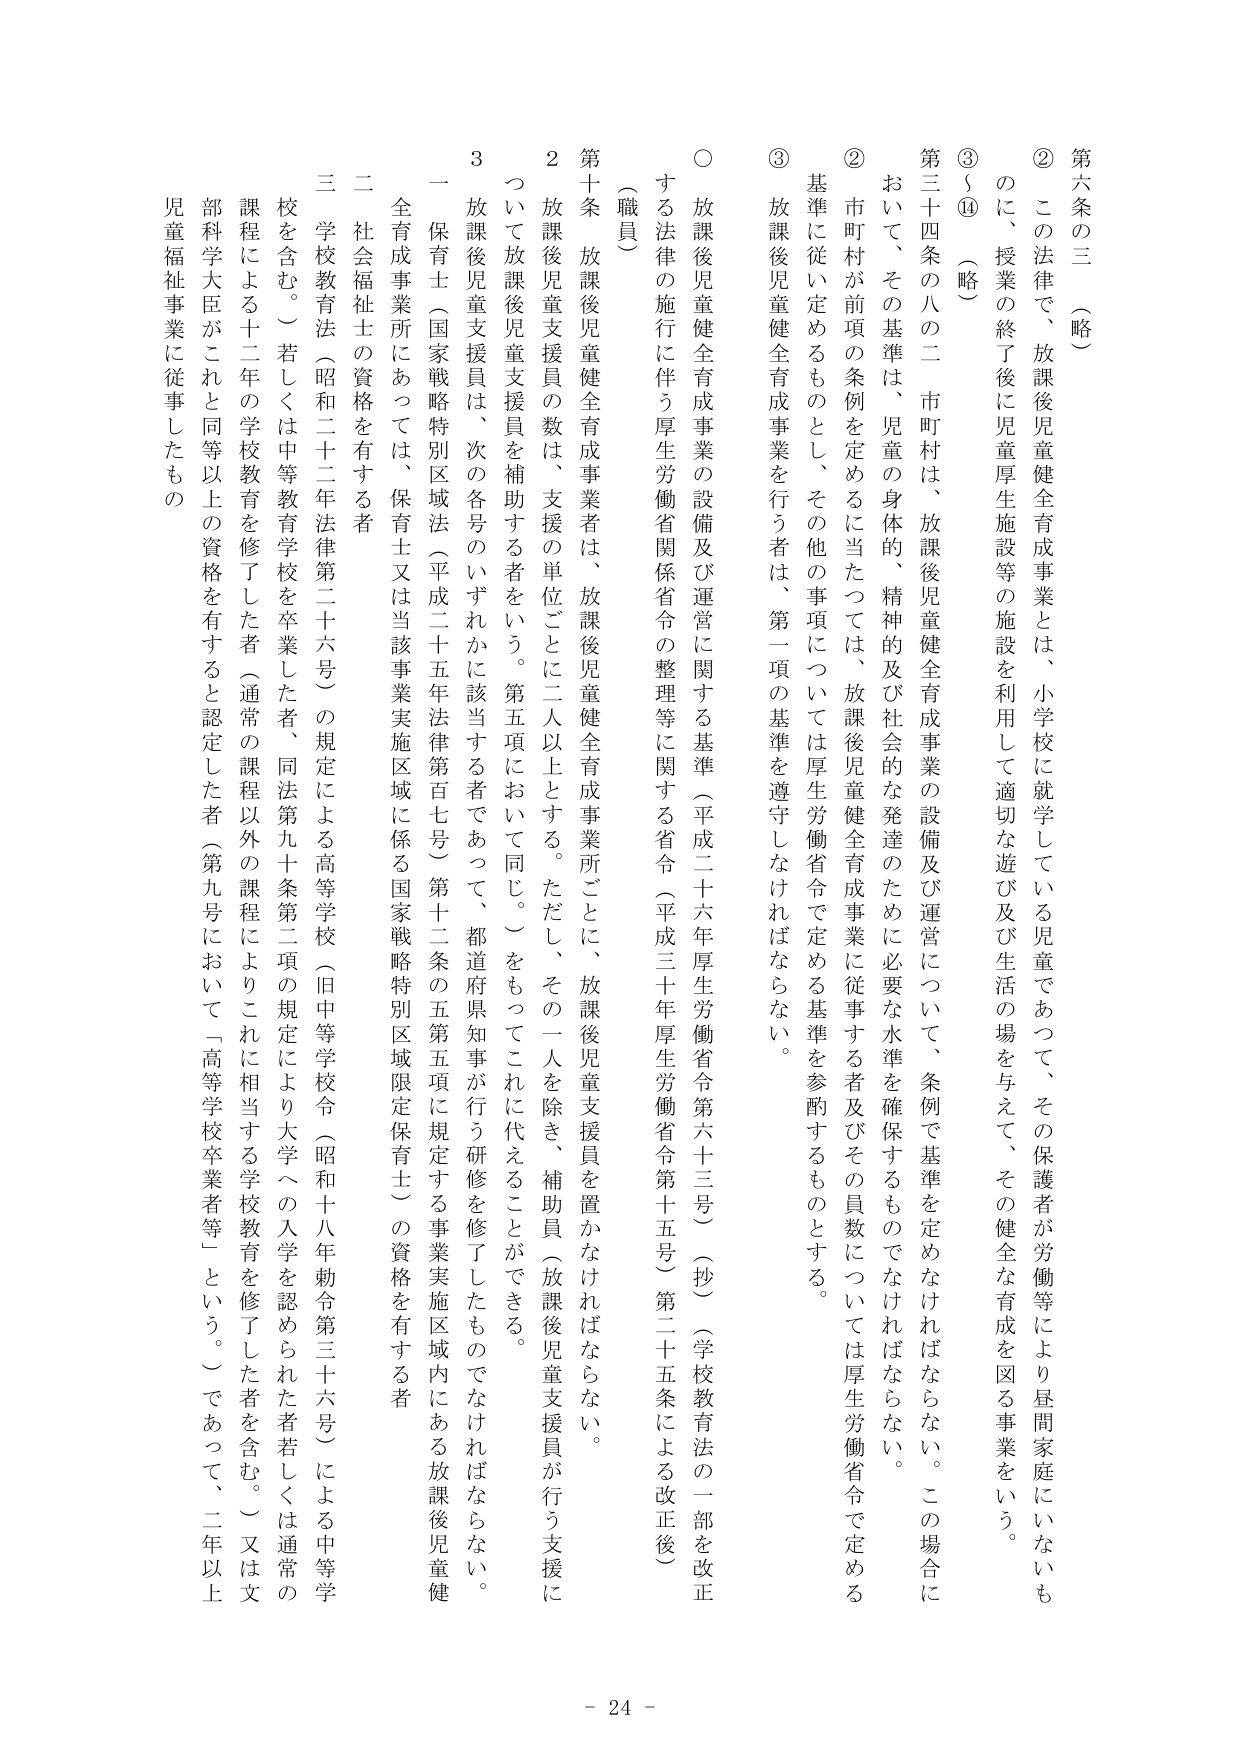
第六条の三（略）

② この法律で、放課後児童健全育成事業とは、小学校に就学している児童であって、その保護者が労働等により昼間家庭にいないものに、授業の終了後に児童厚生施設等の施設を利用して適切な遊び及び生活の場を与えて、その健全な育成を図る事業をいう。

③ ～⑪（略）

第三十四条の八の二 市町村は、放課後児童健全育成事業の設備及び運営について、条例で基準を定めなければならない。この場合において、その基準は、児童の身体的、精神的及び社会的な発達のために必要な水準を確保するものでなければならない。市町村が前項の条例を定めるに当たっては、放課後児童健全育成事業に従事する者及びその員数については厚生労働省令で定める基準に従い定めるものとし、その他の事項については厚生労働省令で定める基準を参酌するものとする。

③ 放課後児童健全育成事業を行う者は、第一項の基準を遵守しなければならない。

○ 放課後児童健全育成事業の設備及び運営に関する基準（平成二十六年厚生労働省令第六十三号）（抄）（学校教育法の一部を改正する法律の施行に伴う厚生労働省関係省令の整理等に関する省令（平成三十年厚生労働省令第十五号）第二十五条による改正後）

（職員）

第十条 放課後児童健全育成事業者は、放課後児童健全育成事業所ごとに、放課後児童支援員を置かなければならない。

２ 放課後児童支援員の数は、支援の単位ごとに二人以上とする。ただし、その一人を除き、補助員（放課後児童支援員が行う支援について放課後児童支援員を補助する者をいう。第五項において同じ。）をもってこれに代えることができる。

３ 放課後児童支援員は、次の各号のいずれかに該当する者であって、都道府県知事が行う研修を修了したものでなければならない。

一 保育士（国家戦略特別区域法（平成二十五年法律第百七号）第十二条の五第五項に規定する事業実施区域内にある放課後児童健全育成事業所にあっては、保育士又は当該事業実施区域に係る国家戦略特別区域限定保育士）の資格を有する者

二 社会福祉士の資格を有する者

三 学校教育法（昭和二十二年法律第二十六号）の規定による高等学校（旧中等学校令（昭和十八年勅令第三十六号）による中等学校を含む。）若しくは中等教育学校を卒業した者、同法第九十条第二項の規定により大学への入学を認められた者若しくは通常の課程による十二年の学校教育を修了した者（通常の課程以外の課程によりこれに相当する学校教育を修了した者を含む。）又は文部科学大臣がこれと同等以上の資格を有すると認定した者（第九号において「高等学校卒業者等」という。）であって、二年以上児童福祉事業に従事したもの

- 24 -